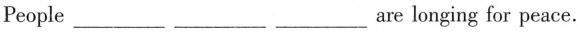
People___ ___ ___are longing for peace.